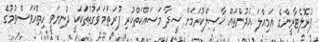
ޕުރޮލެޓާރީންގެ އަމިއްލަ އެދުންތައް ޚާޞިލްކުރަމަށް ސީދާ މަސައްކަތްކުރި ފުރަތަމަ ވަގުތުތަކަކީ ދުނިޔަވީ ހިތްއަވަސްވުމުގެ